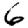
Digit: 6